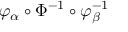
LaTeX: \varphi _ { \alpha } \circ \Phi ^ { - 1 } \circ \varphi _ { \beta } ^ { - 1 }